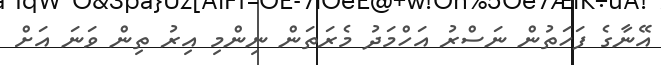
އޭނާގެ ފަހަތުން ނަސްރު އަހްމަދު މެރަތަން ނިންމި އިރު ތިން ވަނަ އަށް